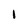
Character: 1